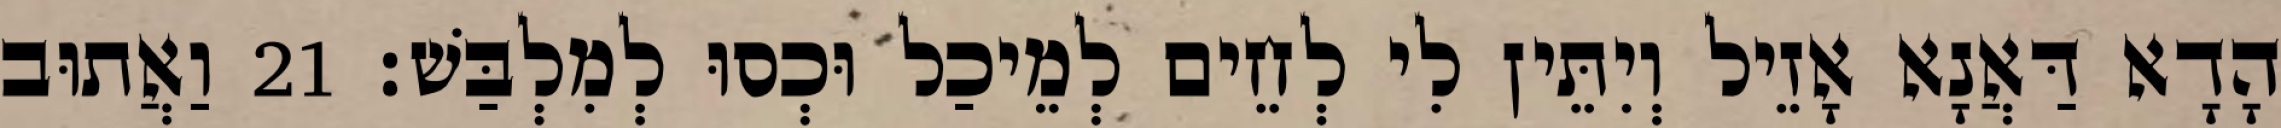
הָדָא דַּאֲנָא אָזֵיל וְיִתֵּין לִי לְחֵים לְמֵיכַל וּכְסוּ לְמִלְבַּשׁ׃ 21 וַאֲתוּב